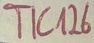
Text: TIC126